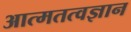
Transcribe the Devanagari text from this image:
आत्मतत्वज्ञान